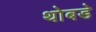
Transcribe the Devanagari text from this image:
थोबडे